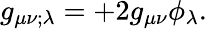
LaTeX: g_{\mu\nu;\lambda}=+2g_{\mu\nu}\phi_{\lambda}.